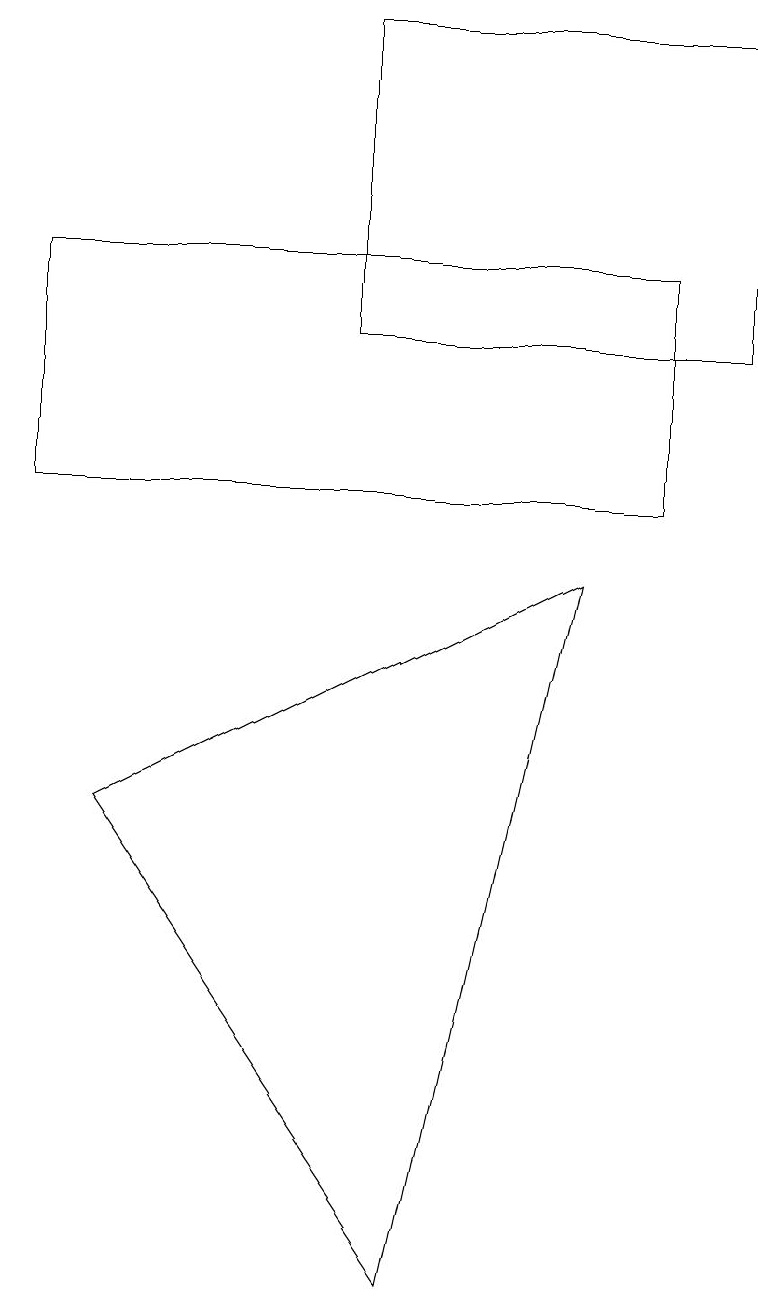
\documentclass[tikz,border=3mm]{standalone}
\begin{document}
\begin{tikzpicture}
\draw (4,16) rectangle (9,12);
\draw (8,13) rectangle (0,10);
\draw (5,0) -- (7,9) -- (1,6) -- cycle;
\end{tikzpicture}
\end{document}